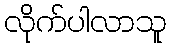
လိုက်ပါလာသူ